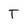
Character: T